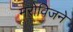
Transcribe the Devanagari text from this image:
मरोविजने